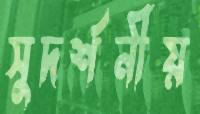
সুদর্শনীয়